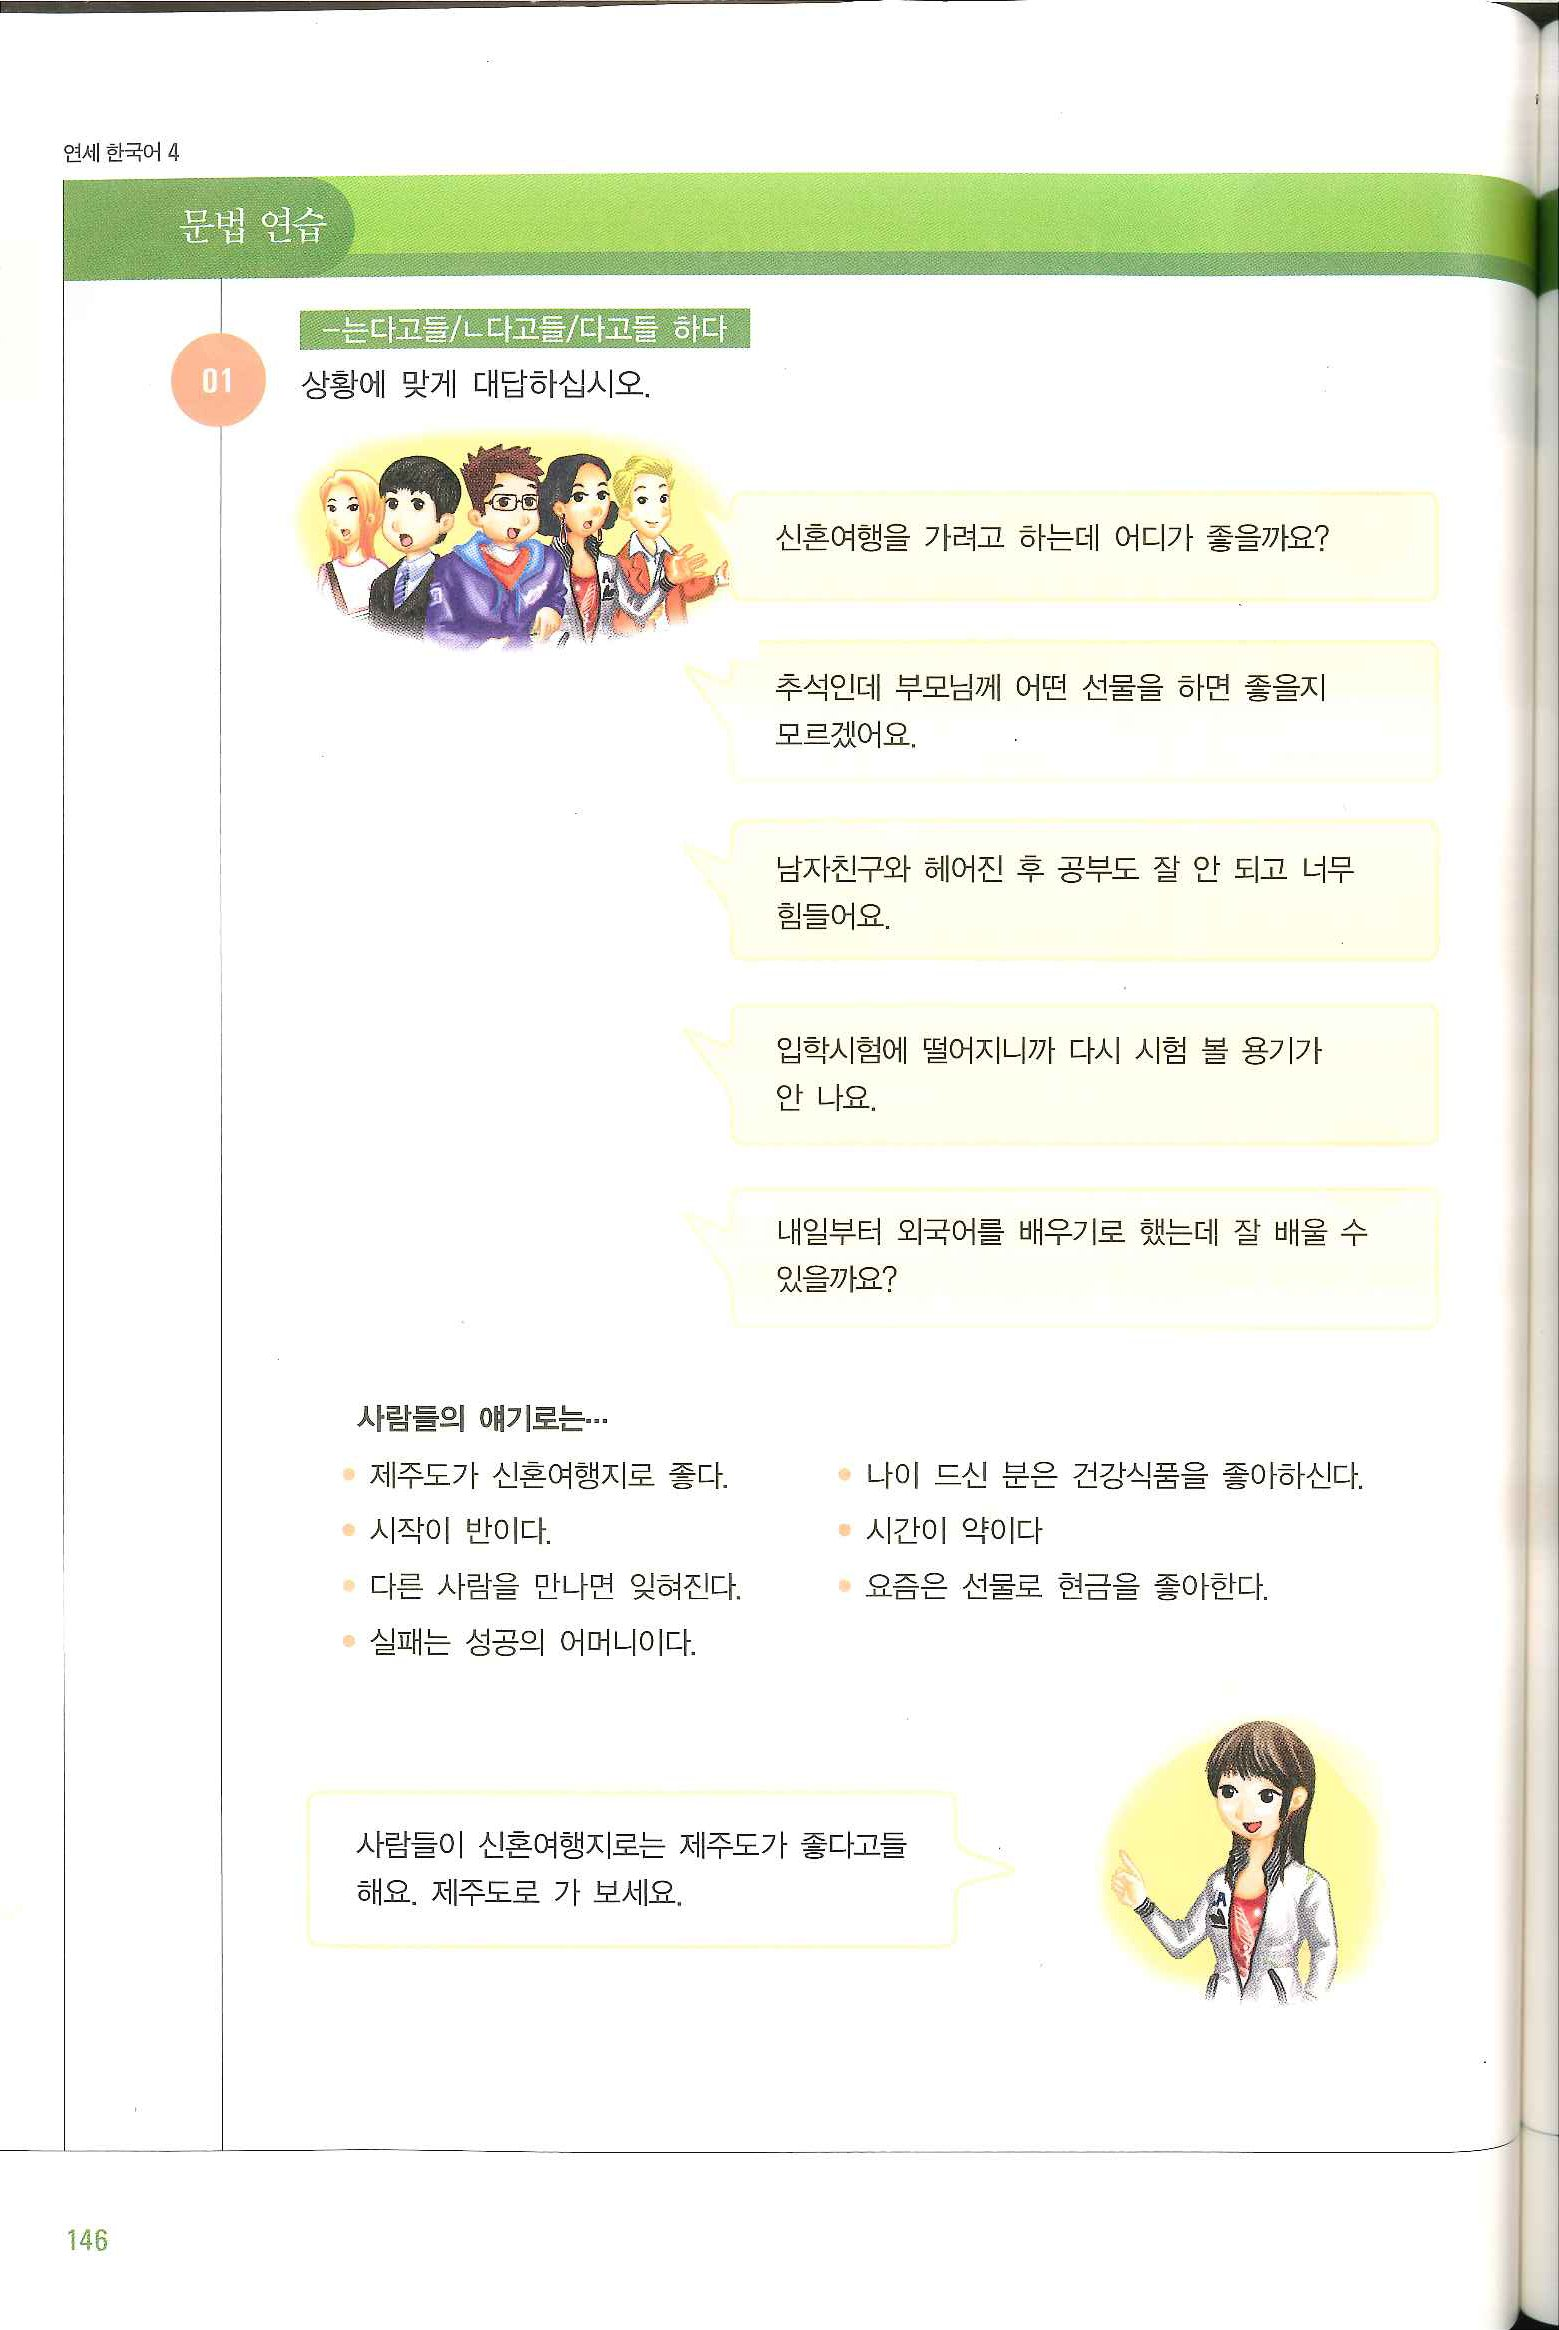
Language: ko